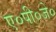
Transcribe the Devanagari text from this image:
ए०पी०जे०